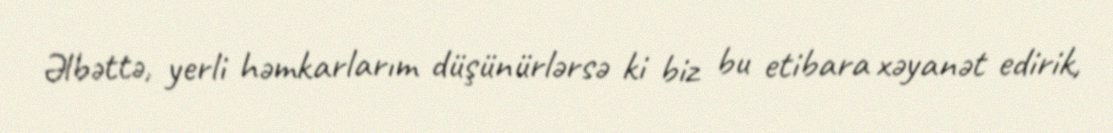
Əlbəttə, yerli həmkarlarım düşünürlərsə ki biz bu etibara xəyanət edirik,